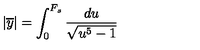
| \overline { { y } } | = \int _ { 0 } ^ { F _ { s } } \frac { d u } { \sqrt { u ^ { 5 } - 1 } }